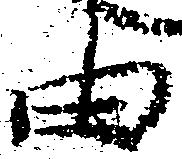
由